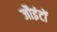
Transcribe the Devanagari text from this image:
जौइंटों